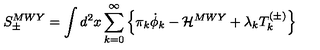
S _ { \pm } ^ { M W Y } = \int d ^ { 2 } x \sum _ { k = 0 } ^ { \infty } \left\{ \pi _ { k } \dot { \phi } _ { k } - { \cal H } ^ { M W Y } + \lambda _ { k } T _ { k } ^ { ( \pm ) } \right\}